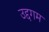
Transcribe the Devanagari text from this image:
उद्दगम